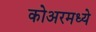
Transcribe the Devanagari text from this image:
कोअरमध्ये